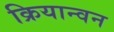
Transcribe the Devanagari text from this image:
क्रियान्‍वन